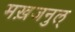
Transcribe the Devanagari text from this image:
मख़जनुल्